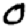
Digit: 0